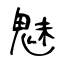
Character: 魅